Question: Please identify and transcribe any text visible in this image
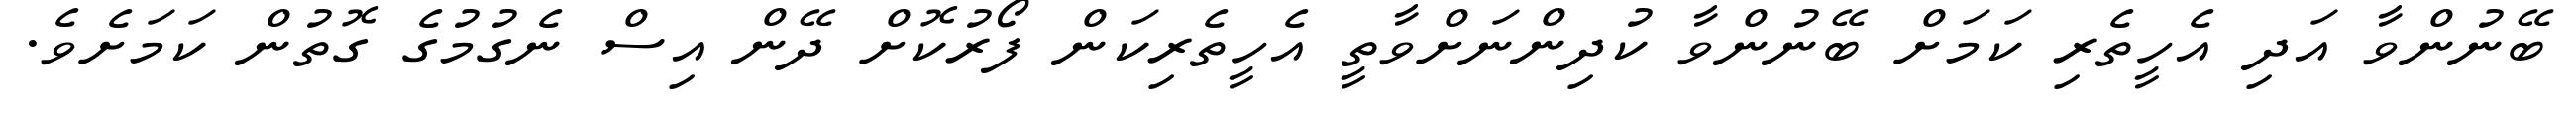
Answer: ބޭނުންވާ އަދި އެހީތެރި ކަމަށް ބޭނުންވާ ކުދިންނަށްވާތީ އެހީތެރިކަން ފޯރުކޮށް ދޭން އިސް ނެގުމުގެ ގޮތުން ކަމަށެވެ.